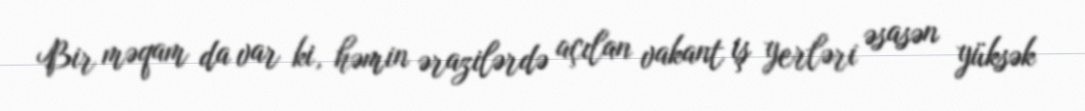
Bir məqam da var ki, həmin ərazilərdə açılan vakant iş yerləri əsasən yüksək